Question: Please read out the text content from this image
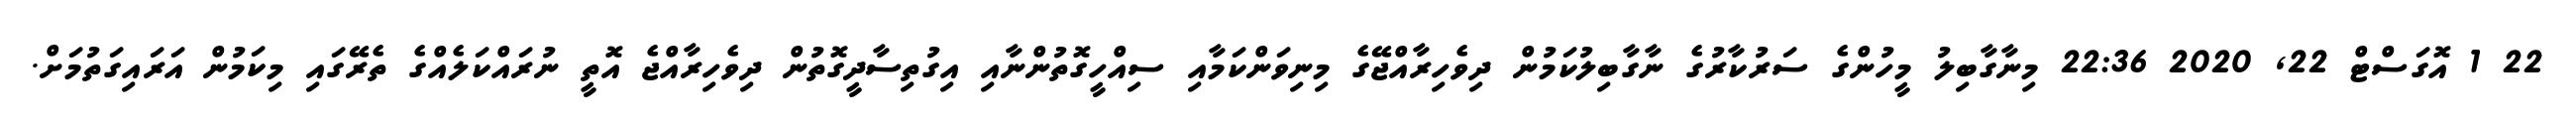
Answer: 22 1 އޮގަސްޓް 22, 2020 22:36 މިނާގާބިލު މީހުންގެ ސަރުކާރުގެ ނާގާބިލުކަމުން ދިވެހިރާއްޖޭގެ މިނިވަންކަމާއި ސިއްހީގޮތުންނާއި އިގުތިސާދީގޮތުން ދިވެހިރާއްޖެ އޮތީ ނުރައްކަލެއްގެ ތެރޭގައި މިކަމުން އަރައިގަތުމަށް.